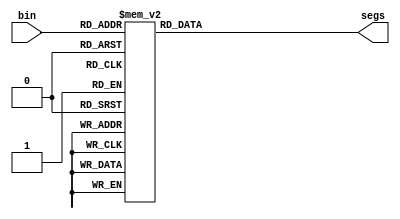
`timescale 1ns / 1ps
//////////////////////////////////////////////////////////////////////////////////
// Company: 
// Engineer: 
// 
// Design Name: 
// Module Name: display
// Project Name: 
// Target Devices: 
// Tool Versions: 
// Description: 
// 
// Dependencies: 
// 
// Revision:
// Revision 0.01 - File Created
// Additional Comments:
// 
//////////////////////////////////////////////////////////////////////////////////


`define S_0 8'b00000011
`define S_1 8'b10011111
`define S_2 8'b00100101
`define S_3 8'b00001101
`define S_4 8'b10011001
`define S_5 8'b01001001
`define S_6 8'b01000001
`define S_7 8'b00011111
`define S_8 8'b00000001
`define S_9 8'b00001001

    
module display(
    input [3:0]bin,
    output reg [7:0]segs
    );
     
always @*  begin
    case (bin)
        4'd0: segs[7:0] <= `S_0;
        4'd1: segs[7:0] <= `S_1;
        4'd2: segs[7:0] <= `S_2;
        4'd3: segs[7:0] <= `S_3;
        4'd4: segs[7:0] <= `S_4;
        4'd5: segs[7:0] <= `S_5;
        4'd6: segs[7:0] <= `S_6;
        4'd7: segs[7:0] <= `S_7;
        4'd8: segs[7:0] <= `S_8;
        4'd9: segs[7:0] <= `S_9;
        default: segs[7:0] <= 8'b00000000;
    endcase
end
    
endmodule